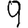
Digit: 9